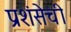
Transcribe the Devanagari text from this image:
प्रशंसेची